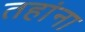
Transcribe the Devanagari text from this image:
तहांना